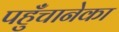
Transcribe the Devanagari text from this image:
पहुँचानेका